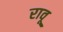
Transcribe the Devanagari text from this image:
रावू